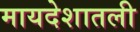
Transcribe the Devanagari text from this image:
मायदेशातली